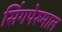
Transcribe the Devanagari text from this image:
सिंगपेरुमाल